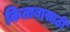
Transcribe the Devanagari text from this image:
किताबासाठी